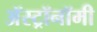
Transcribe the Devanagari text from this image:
अॅस्ट्रॉनॉमी